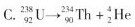
C.$$_ { 9 2 } ^ { 2 3 8 } U \rightarrow _ { 9 0 } ^ { 2 3 4 } T h + _ { 2 } ^ { 4 } H e$$